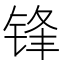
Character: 锋